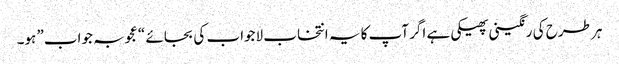
ہر طرح کی رنگینی پھیکی ہے اگر آپ کا یہ انتخاب لاجواب کی بجائے “عجوبہ جواب” ہو۔